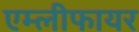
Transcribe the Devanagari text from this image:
एम्लीफायर